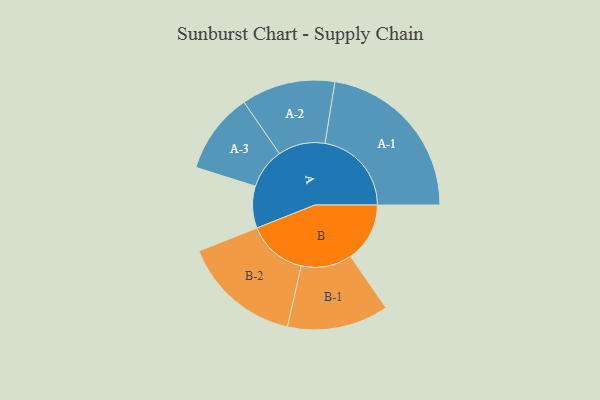
{"axis": {"x": "Segment", "y": "Value"}, "legend": ["", "A", "B"], "data": [{"x": "A", "y": 143, "type": ""}, {"x": "B", "y": 202, "type": ""}, {"x": "A-1", "y": 295, "type": "A"}, {"x": "A-2", "y": 160, "type": "A"}, {"x": "A-3", "y": 138, "type": "A"}, {"x": "B-1", "y": 173, "type": "B"}, {"x": "B-2", "y": 203, "type": "B"}]}